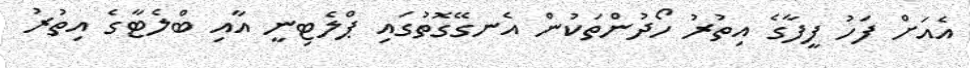
އެއަށް ފަހު ފީފާގެ އިތުރު ހޯދުންތަކުން އެނގޭގޮތުގައި ޕްލެޓިނީ އާއި ބްލެޓާގެ އިތުރު